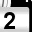
Digit: 2